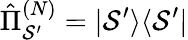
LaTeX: \hat{\Pi}_{\mathcal{S}^{\prime}}^{(N)}=|\mathcal{S}^{\prime}\rangle\langle\mathcal{S}^{\prime}|